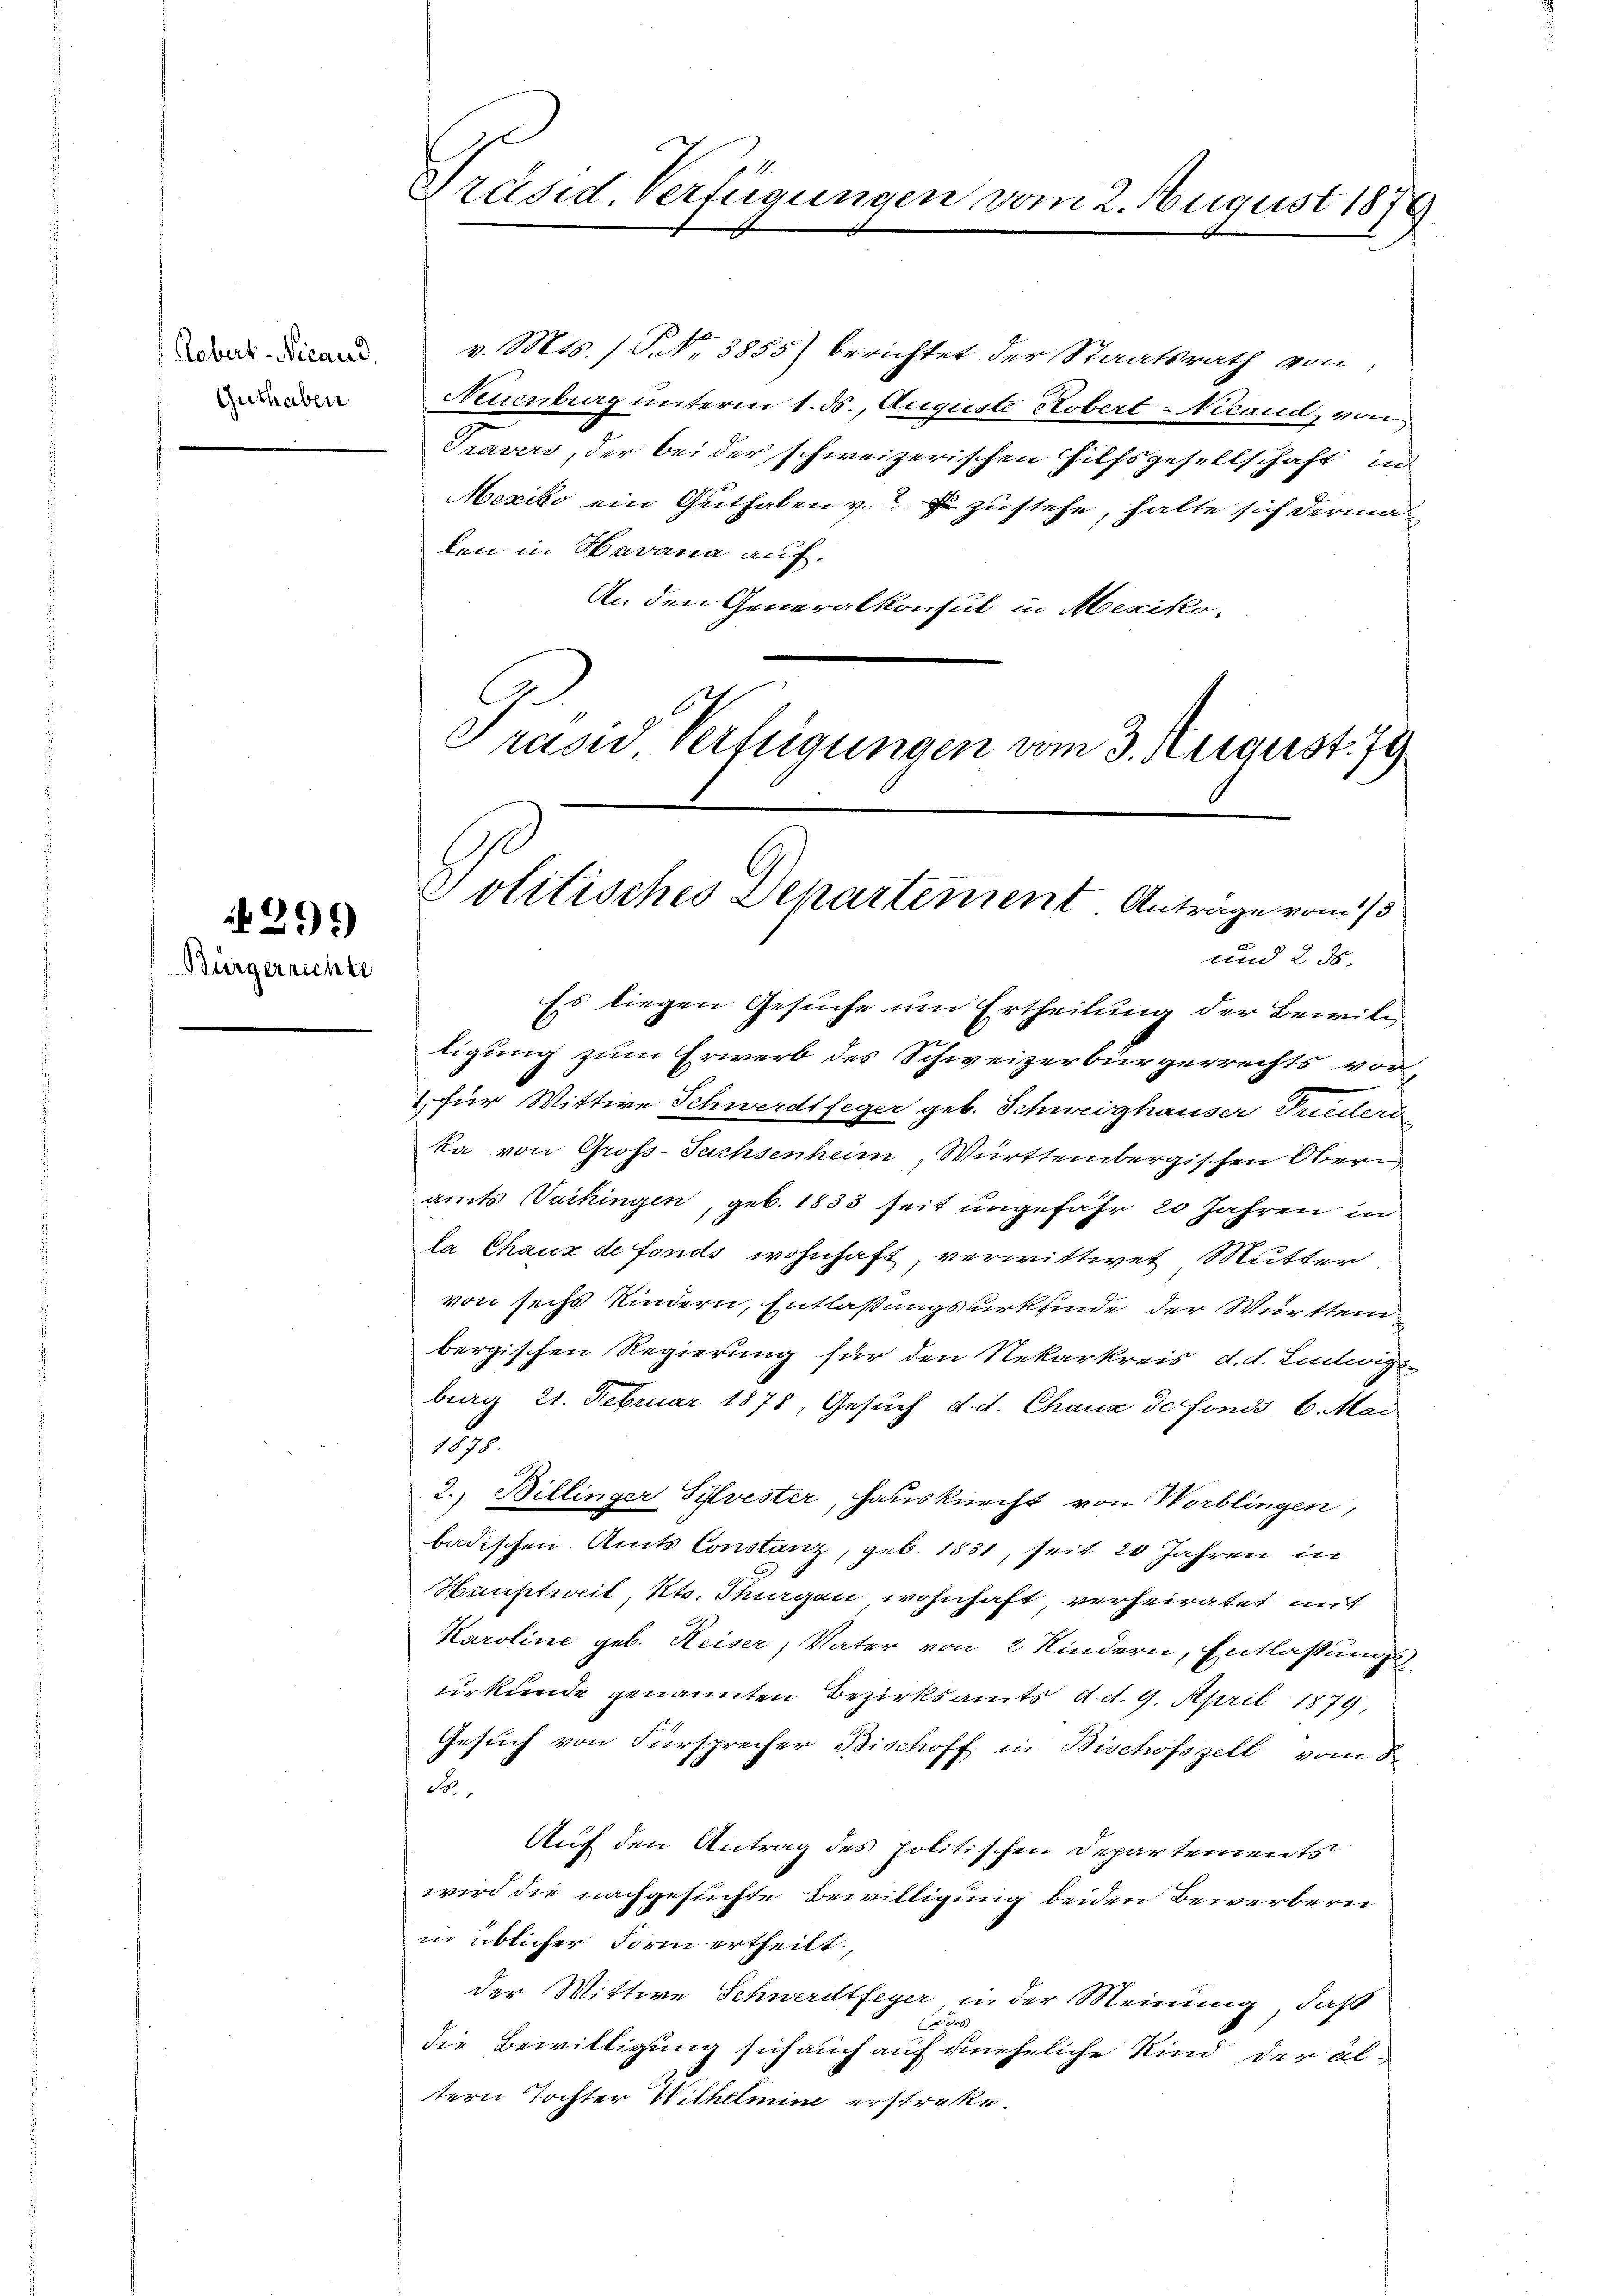
Tobert Nicand.
Guthaben.

299)

Bürgerrechte

Präsid. Verfügungen vom 2. August 1879.

v. Mts. (T. No 3855) berichtet der Staatsrath von
Neuenburg unterm 1. ds., Auguste Robert-Nicand, von
Travers, der bei der schweizerischen Hilfsgesellschaft in
Mexiko ein Guthaben v.  zustehe, halte sich derma
den in Havana auf.
An den Generalkonsul in Mexiko¬
Prasid Verfügungen vom 3. August. 79

Politisches Departement Antrage vom 13.
und 2 ds.

Es liegen Gesuche um Ertheilung der Bewiltigung zum Erwerb des Schweizerbürgerrechts vor¬
(für Wittwe Schwerdtfeger geb. Schweighauser Pueders
ka von Gross-Sachsenheim, Württembergischen Oberi
amts Waihingen, geb. 1833 seit ungefähr 20 Jahren in
la Chaux de fonds wohnhaft, verwittwet Mutter
von sechs Kindern, Entlaßungsurkfinde der Württene
bergischen Regierung für den Rekarkreis d. d. Ludwig
burg 21. Februar 1878, Gesuch d. d. Chaux de fonds 6. Mai
1878.
2. Billinger Sylvester, Hausknecht von Worblingen,
badischen Amts Constanz, geb. 1831, seit 20 Jahren in
Neustweil, Kts. Thurgen wohnhaft, verheiratet mit
Karoline geb. Keiser, Vater von 2 Kindern, Entlassungs
urkunde genannten Bezirksamts d. d. 9. April 1879,
Gesuch von Fürsprecher Bischoff in Bischofszell vom 8.
Se
Auf den Antrag des politischen Departements
wird die nachgesuchte Bewilligung beiden Bewerbern
in üblicher Form ertheilt,
der Wittwe Schwerdtfeyer, in der Meinung, daß
Fors
die Bewilligung sich auch auf uneheliche Kind der altern Tochter Wilhelmine erstrecke.